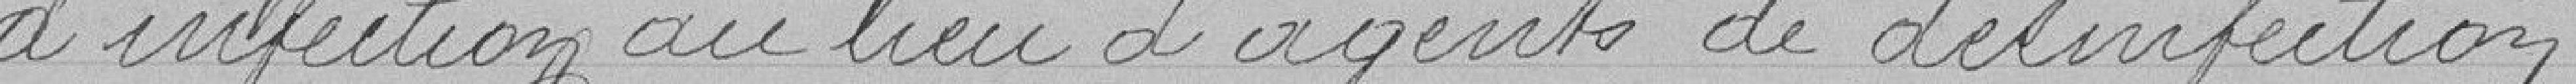
d'infection au lieu d'agents de désinfection